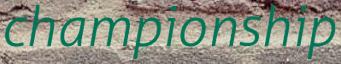
championship